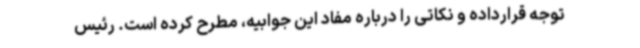
توجه قرارداده و نکاتی را درباره مفاد این جوابیه، مطرح کرده است. رئیس